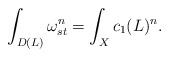
\begin{align*} \int_{D(L)}\omega_{st}^n=\int_X c_1(L)^n.\end{align*}